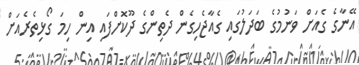
އޭނާގެ ގެއަށް ވަނުމުގެ ބަދަލުގައި ގެއާޖެހިގެން ދެތިންގެ ދޫކޮށްފައި އިން ހިމަ ގޯޅިތެރެއަށް